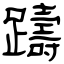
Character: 躊